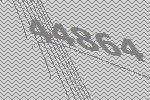
44864